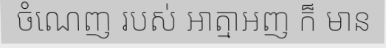
ចំណេញ របស់ អាត្មាអញ ក៏ មាន